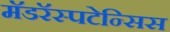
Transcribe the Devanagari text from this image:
मॅडरॅस्पटेन्सिस